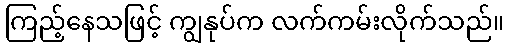
ကြည့်နေသဖြင့် ကျွနုပ်က လက်ကမ်းလိုက်သည်။